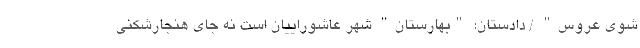
شوی عروس" / دادستان: "بهارستان" شهر عاشوراییان است نه جای هنجارشکنی